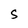
Character: S